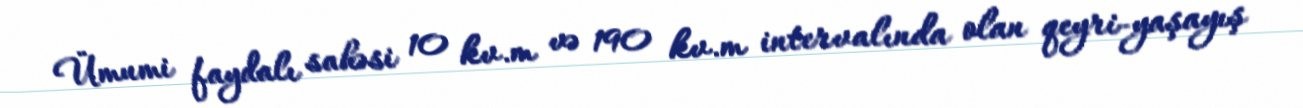
Ümumi faydalı sahəsi 10 kv.m və 190 kv.m intervalında olan qeyri-yaşayış